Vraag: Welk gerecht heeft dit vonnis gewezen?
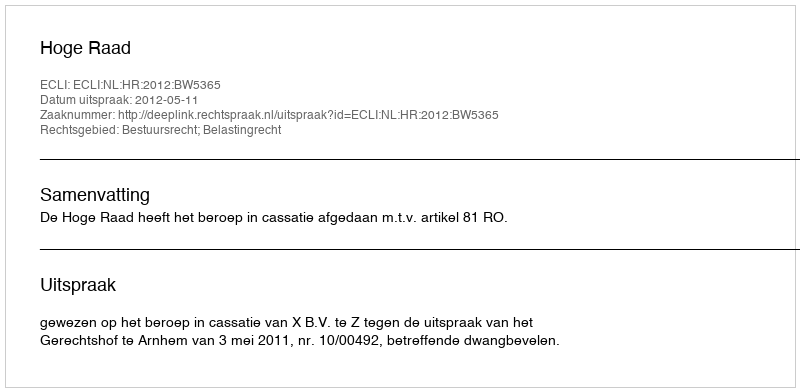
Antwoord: Hoge Raad